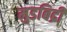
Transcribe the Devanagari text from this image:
मुडबिद्री